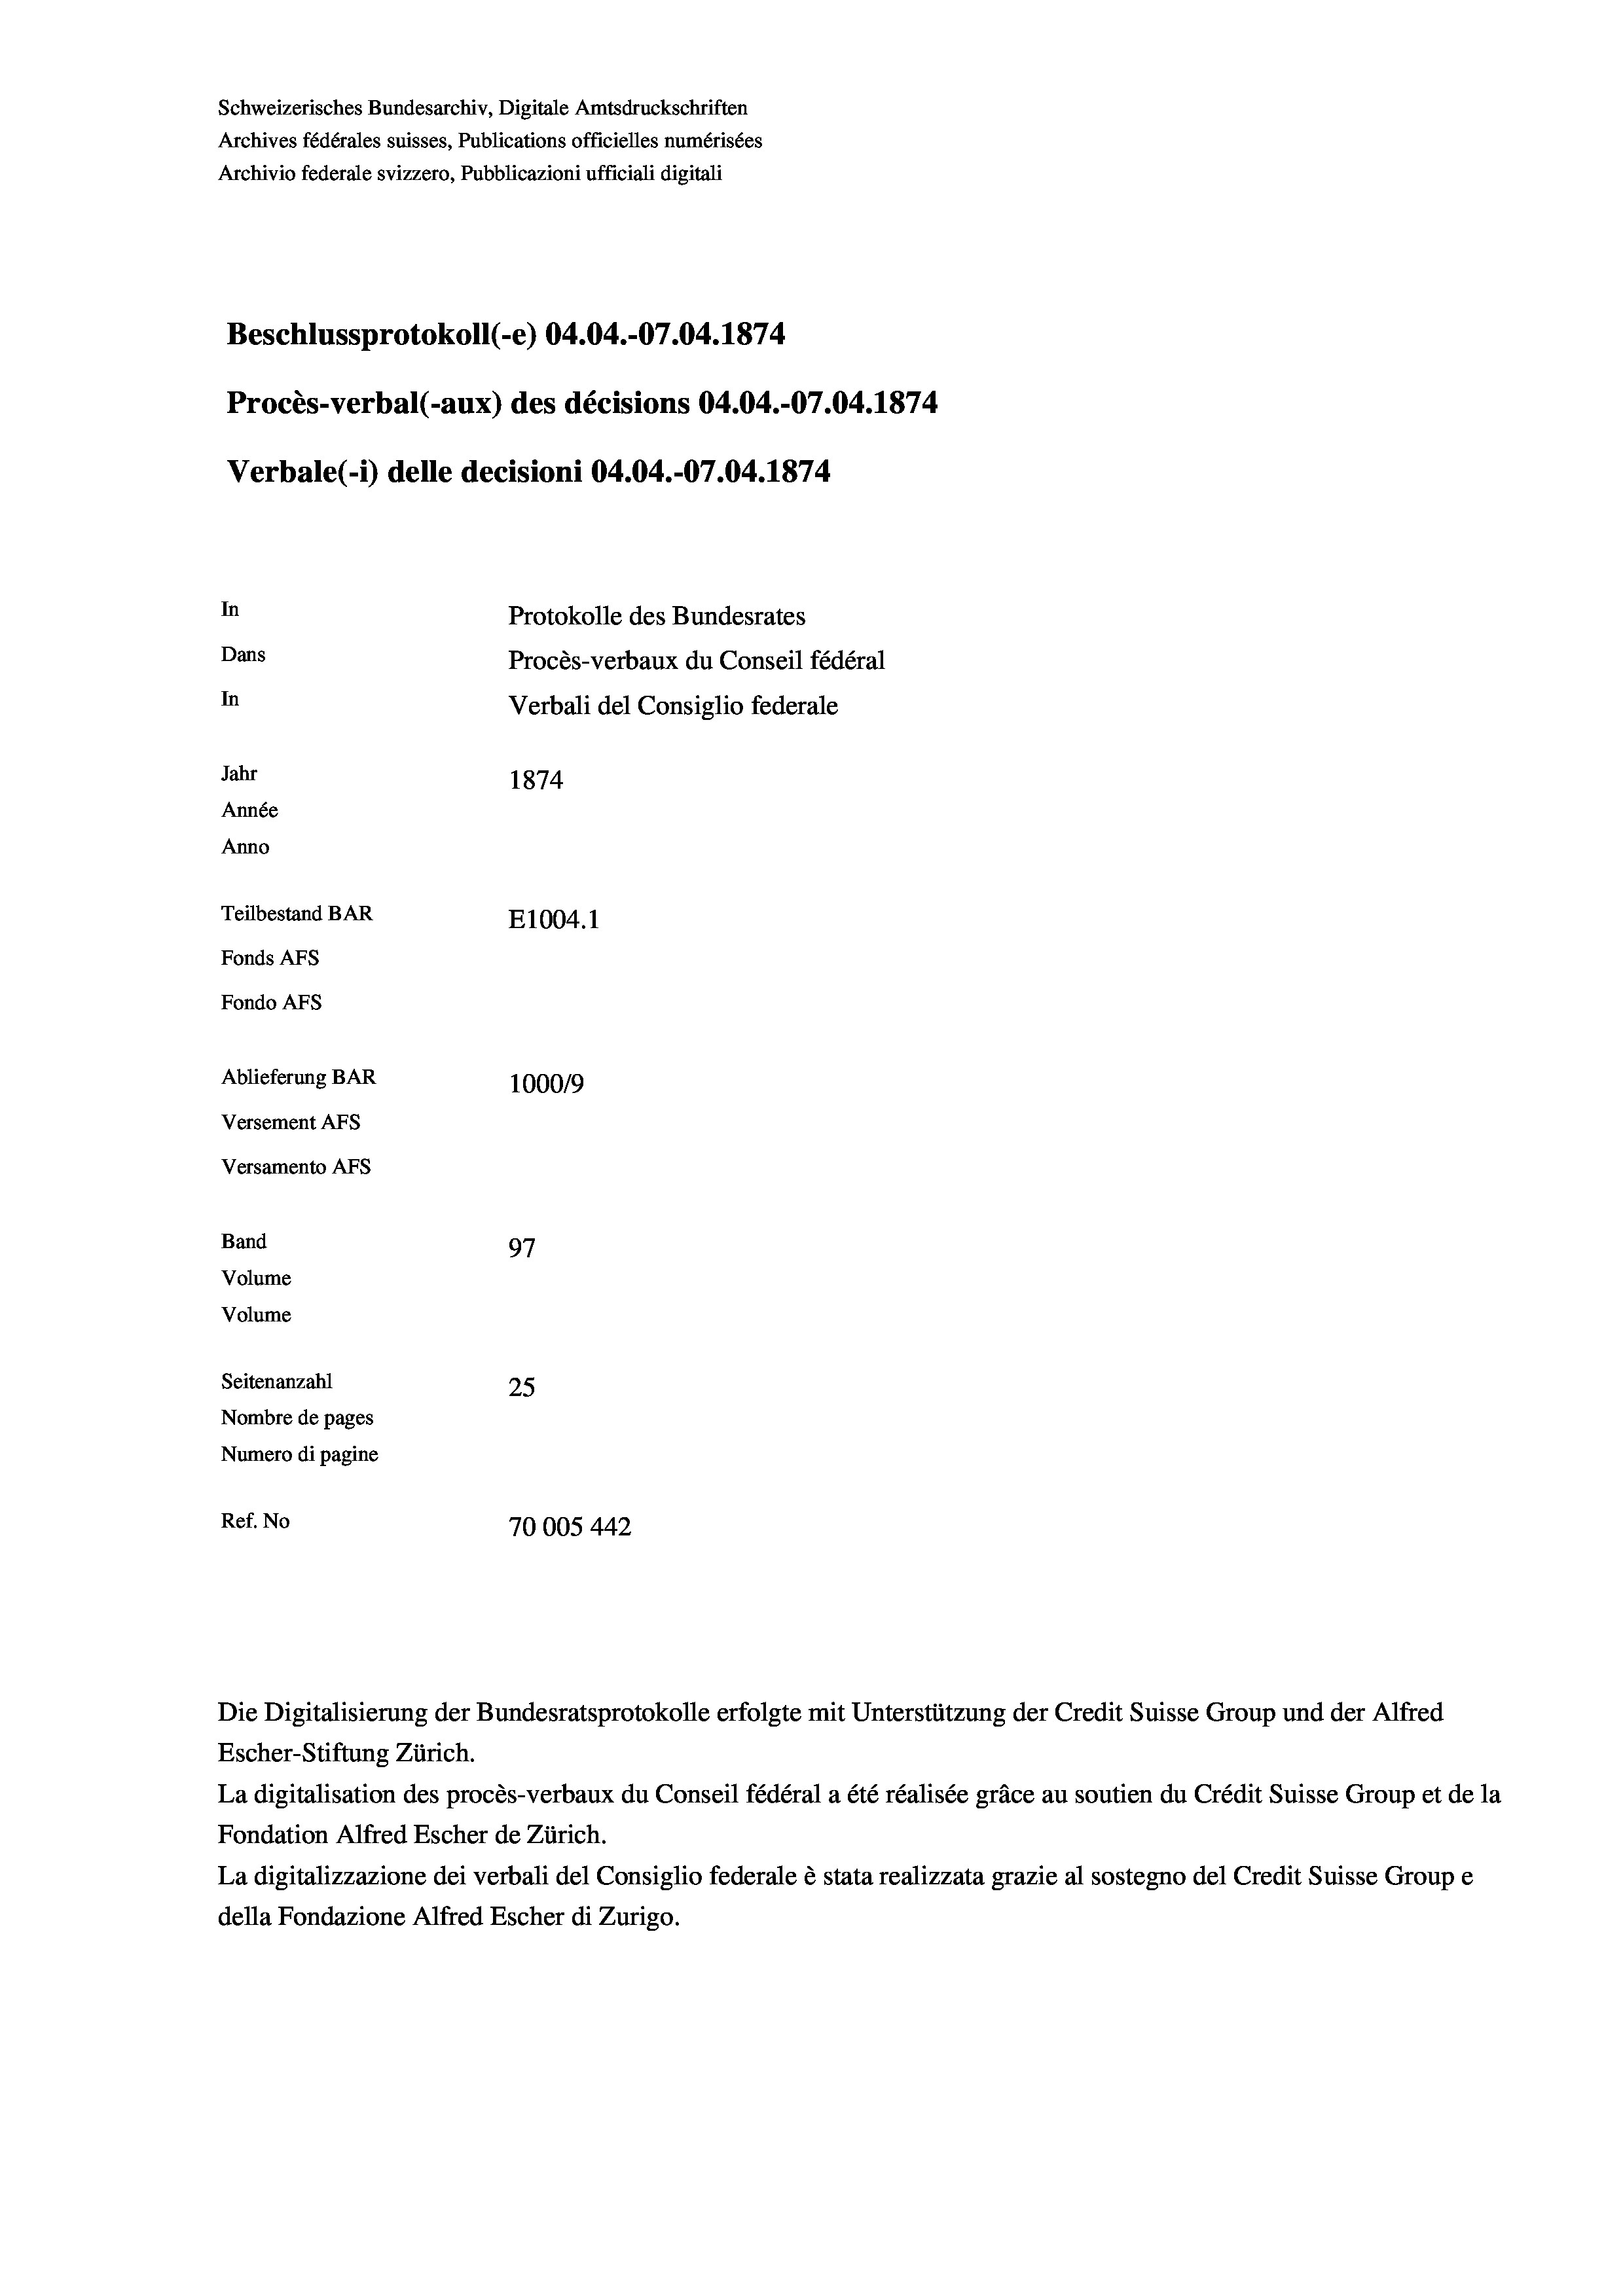
Schweizerisches Bundesarchiv, Digitale Amtsdruckschriften
Archives fédérales suisses, Publications officielles numérisées
Archivio federale svizzero, Pubblicazioni ufficiali digitali
Beschlussprotokoll (-e) 04.04.-07.04. 1874
Procès-verbal (-aux) des décisions 04.04.-07.04. 1874
Verbale(-*) delle decisioni 04.04.-07.04. 1874
In
Protokolle des Bundesrates
Dans
Procès-verbaux du Conseil fédéral
In
Verbali del Consiglio federale
Jahr
1874
Année
Anno
Teilbestand BAR
E1004. 1
Fonds Afs
Fondo AFS
Ablieferung BAR
1000/9
Versement AFs
Versamento Afs
Band
97
Volume

Volume
Seitenanzahl
25
Nombre de pages
Numero di pagine
Ref. No
70005 442

Die Digitalisierung der Bundesratsprotokolle erfolgte mit Unterstützung der Credit Suisse Group und der Alfred
Escher-Stiftung Zürich.
La digitalisation des procès-verbaux du Conseil fédéral a été réalisée gräce au soutien du Crédit Suisse Group et de la
Fondation Alfred Escher de Zürich.
La digitalizzazione dei verbali del Consiglio federale è stata realizzata grazie al sostegno del Credit Suisse Groupe
della Fondazione Alfred Escher di Zurigo.